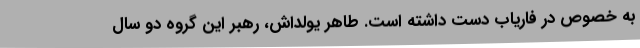
به خصوص در فاریاب دست داشته است. طاهر یولداش، رهبر این گروه دو سال